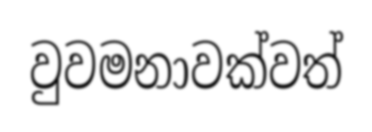
වුවමනාවක්වත්